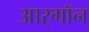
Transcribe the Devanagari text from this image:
आर्‌गॉन